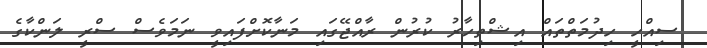
ސިއްހީ ހިދުމަތްތައް އިޝްތިހާރު ކުރުން ރާއްޖޭގައި މަނާކޮށްފައިވީ ނަމަވެސް ސްރީ ލަންކާގެ